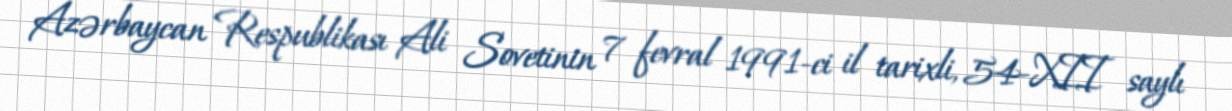
Azərbaycan Respublikası Ali Sovetinin 7 fevral 1991-ci il tarixli, 54-XII saylı